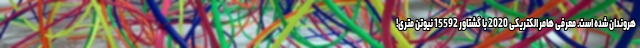
هروندان شده است. معرفی هامر الکتریکی 2020 با گشتاور 15592 نیوتن متری!